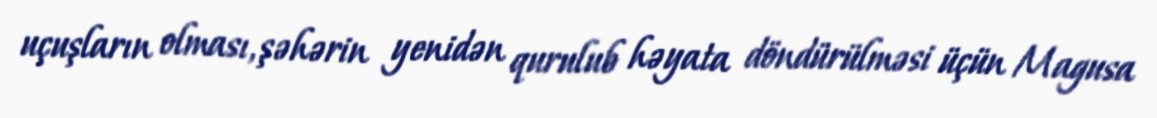
uçuşların olması, şəhərin yenidən qurulub həyata döndürülməsi üçün Magusa